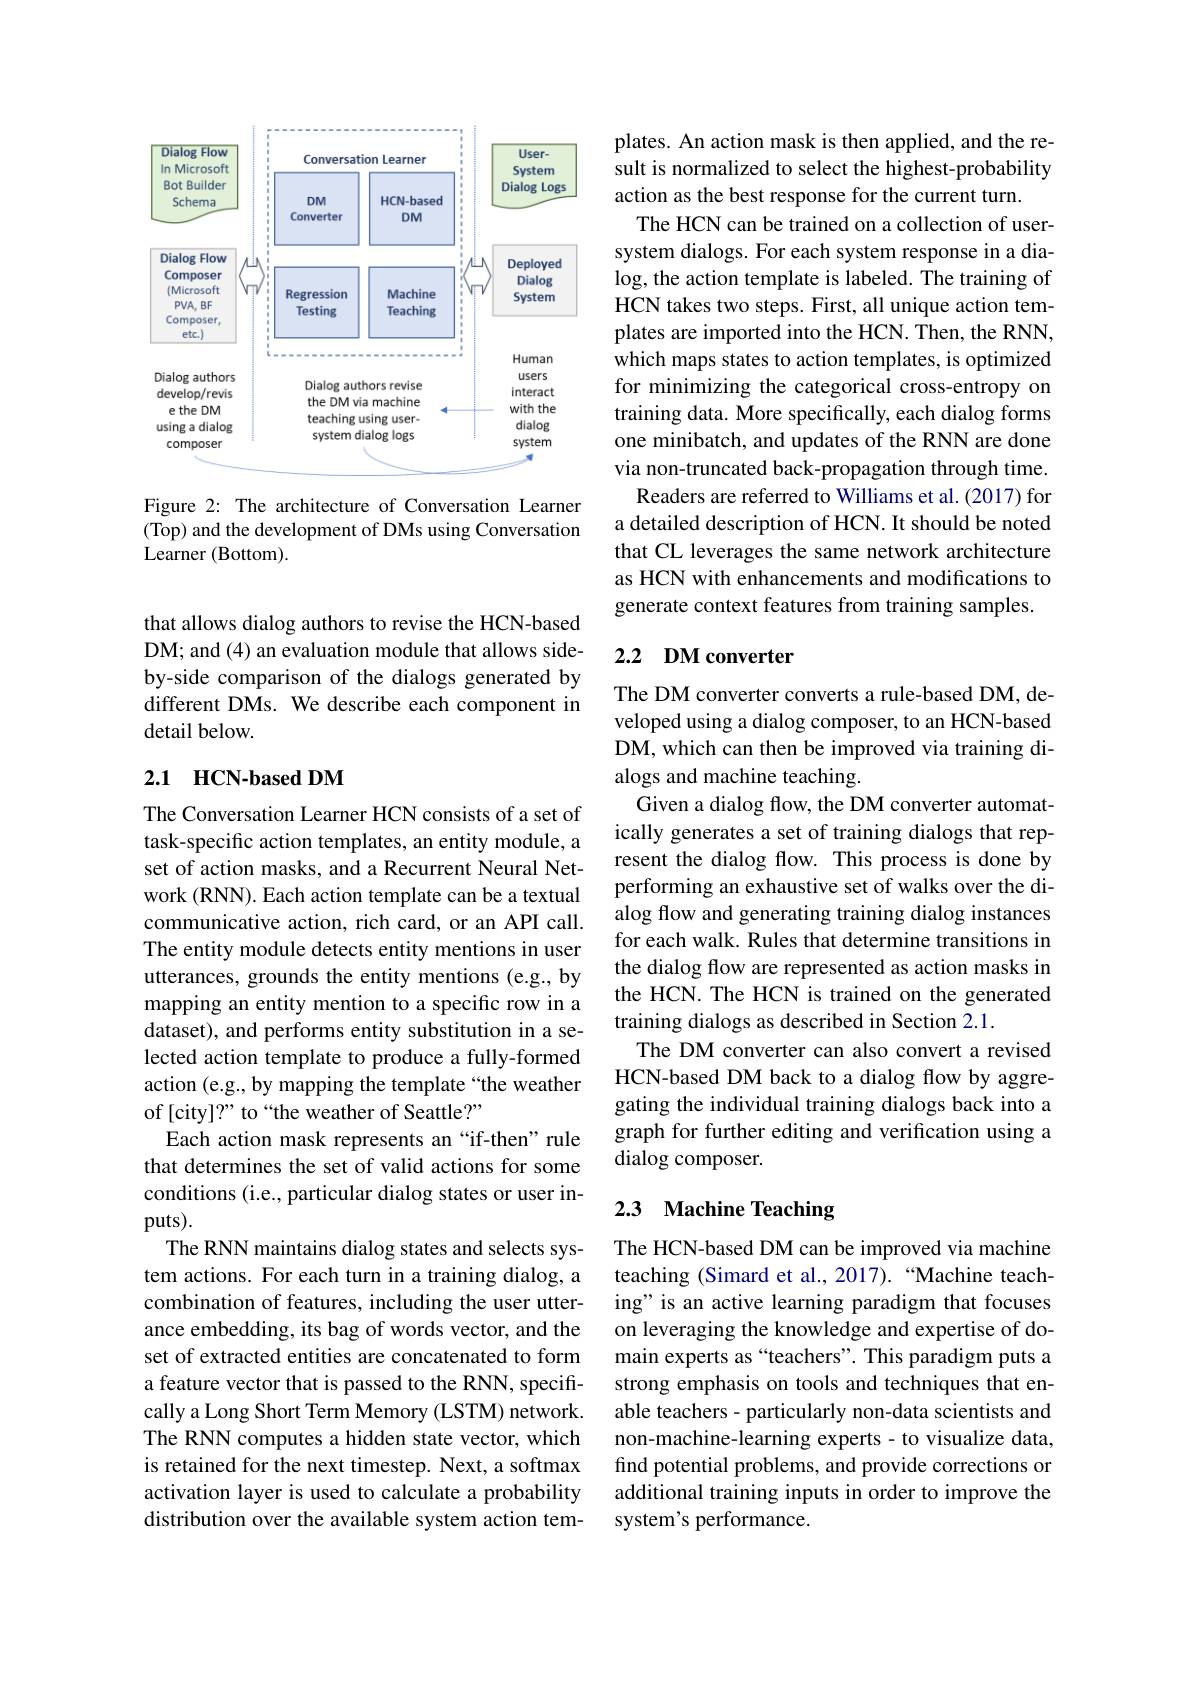
<FigureHere>

Figure 2: The architecture of Conversation Learner (Top) and the development of DMs using Conversation Learner (Bottom).

that allows dialog authors to revise the HCN-based DM; and (4) an evaluation module that allows sideby-side comparison of the dialogs generated by different DMs. We describe each component in detail below.

### 2.1 HCN-based DM

The Conversation Learner HCN consists of a set of task-specific action templates, an entity module, a set of action masks, and a Recurrent Neural Network (RNN). Each action template can be a textual communicative action, rich card, or an API call. The entity module detects entity mentions in user utterances, grounds the entity mentions (e.g., by mapping an entity mention to a specific row in a dataset), and performs entity substitution in a selected action template to produce a fully-formed of [city]?" to “the weather of Seattle?”
Each action mask represents an “if-then”rule that determines the set of valid actions for some conditions (i.e., particular dialog states or user inputs).
The RNN maintains dialog states and selects system actions. For each turn in a training dialog, a combination of features, including the user utterance embedding, its bag of words vector, and the set of extracted entities are concatenated to form a feature vector that is passed to the RNN, specifically a Long Short Term Memory (LSTM) network. The RNN computes a hidden state vector, which is retained for the next timestep. Next, a softmax activation layer is used to calculate a probability distribution over the available system action tem-

plates. An action mask is then applied, and the result is normalized to select the highest-probability action as the best response for the current turn.
The HCN can be trained on a collection of usersystem dialogs. For each system response in a dialog, the action template is labeled. The training of HCN takes two steps. First, all unique action templates are imported into the HCN. Then, the RNN, which maps states to action templates, is optimized for minimizing the categorical cross-entropy on training data. More specifically, each dialog forms one minibatch, and updates of the RNN are done via non-truncated back-propagation through time.
Readers are referred to Williams et al. (2017) for a detailed description of HCN. It should be noted that CL leverages the same network architecture as HCN with enhancements and modifications to generate context features from training samples.

## 2.2 DM converter

The DM converter converts a rule-based DM, developed using a dialog composer, to an HCN-based DM, which can then be improved via training dialogs and machine teaching.
Given a dialog flow, the DM converter automatically generates a set of training dialogs that represent the dialog flow. This process is done by performing an exhaustive set of walks over the dialog flow and generating training dialog instances for each walk. Rules that determine transitions in the dialog flow are represented as action masks in the HCN. The HCN is trained on the generated training dialogs as described in Section 2.1.
The DM converter can also convert a revised
action (e.g.,by mapping the template“the weather HCN-based DM back to a dialog flow by aggre-
gating the individual training dialogs back into a graph for further editing and verification using a dialog composer.

## 2.3 Machine Teaching

The HCN-based DM can be improved via machine teaching (Simard et al., 2017). “Machine teaching" is an active learning paradigm that focuses on leveraging the knowledge and expertise of domain experts as “teachers”. This paradigm puts a strong emphasis on tools and techniques that enable teachers - particularly non-data scientists and non-machine-learning experts- to visualize data, find potential problems, and provide corrections or additional training inputs in order to improve the system's performance.